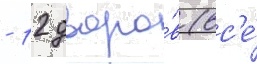
- 12 дворо́в (вс'е́